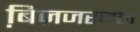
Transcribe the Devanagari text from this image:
बि़ज़जरनल